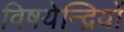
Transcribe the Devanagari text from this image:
विषयेन्द्रियों